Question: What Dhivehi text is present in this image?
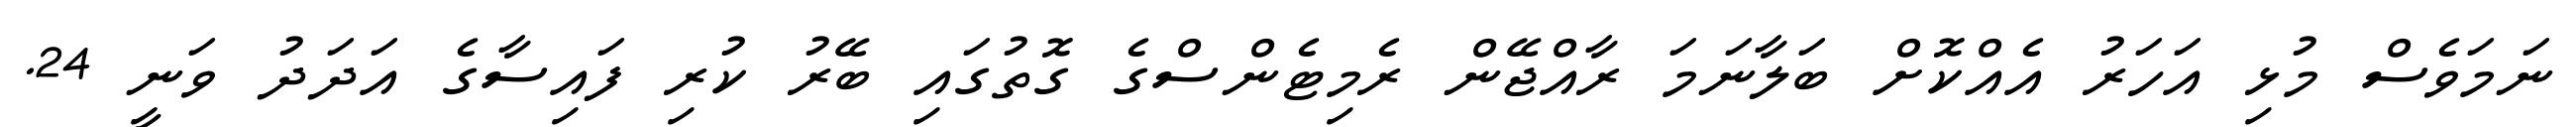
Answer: ނަމަވެސް މުޅި އަހަރު އެއްކޮށް ބަލާނަމަ ރާއްޖޭން ރެމިޓެންސްގެ ގޮތުގައި ބޭރު ކުރި ފައިސާގެ އަދަދު ވަނީ 24.